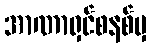
အာဏာရှင်စနစ်မှ